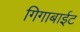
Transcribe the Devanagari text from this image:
गिगाबाईट